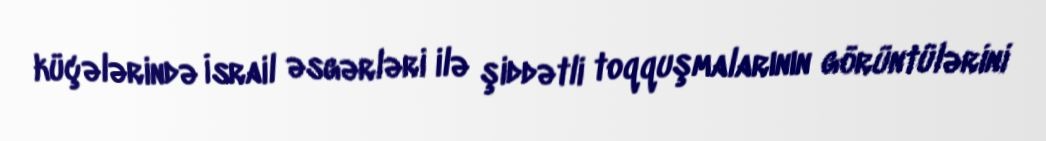
küçələrində İsrail əsgərləri ilə şiddətli toqquşmalarının görüntülərini